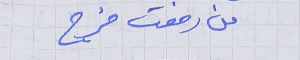
من رفعت فرج